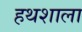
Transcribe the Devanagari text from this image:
हथशाला